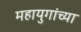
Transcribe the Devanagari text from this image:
महायुगांच्या